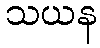
သယန